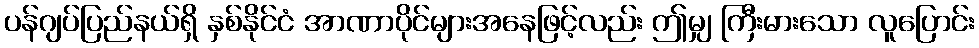
ပန်ဂျပ်ပြည်နယ်ရှိ နှစ်နိုင်ငံ အာဏာပိုင်များအနေဖြင့်လည်း ဤမျှ ကြီးမားသော လူပြောင်း